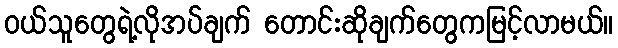
ဝယ်သူတွေရဲ့လိုအပ်ချက် တောင်းဆိုချက်တွေကမြင့်လာမယ်။